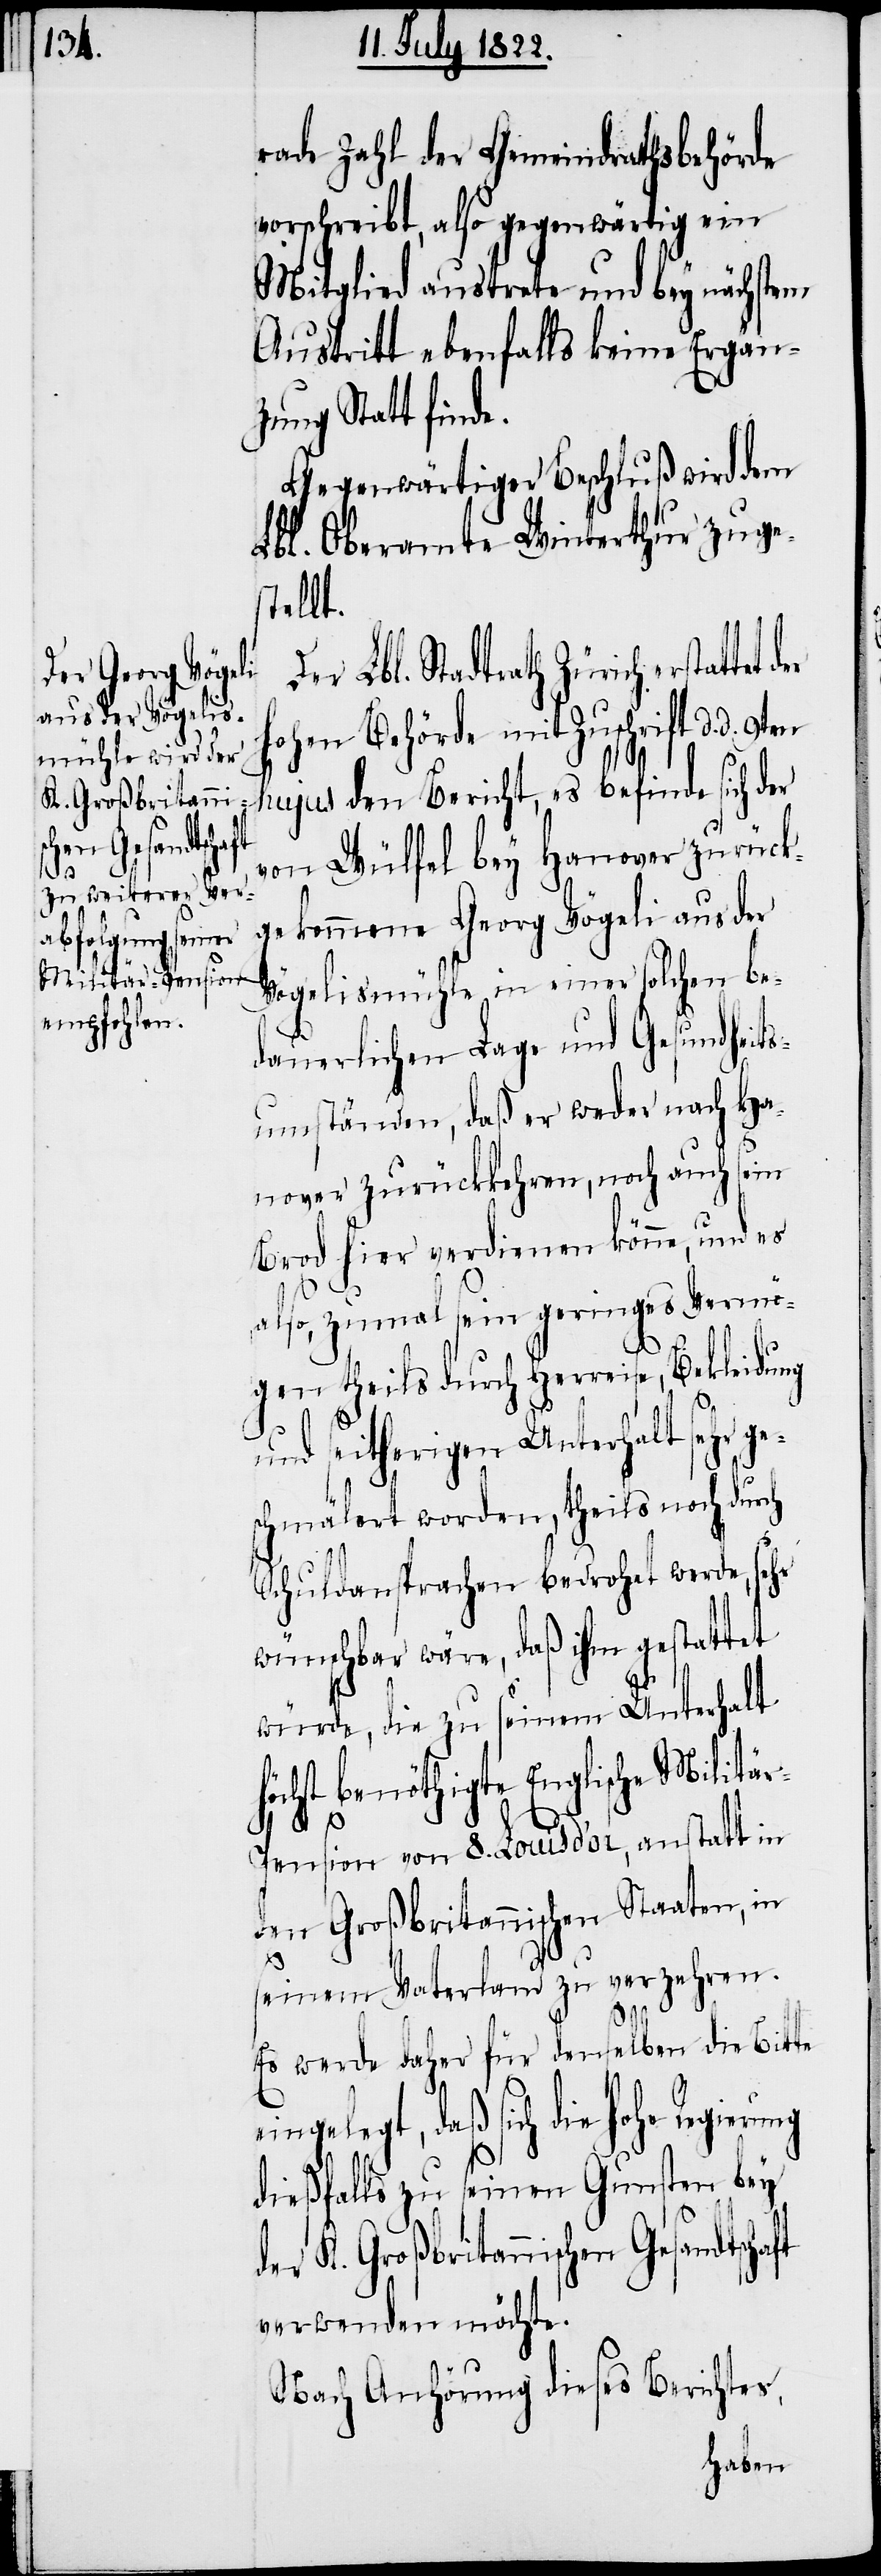
K. Großbritanni¬
hen Gesandtscha¬

rade Zahl der Gemeindrathsbehörde
vorschreibt, also gegenwärtig ein
Mitglied austrete und bey nächstem
Austritt ebenfalls keine Ergän¬
zung Statt finde.
Gegenwärtiger Beschluß wird dem
Lbl. Oberamte Winterthur zuges¬
tellt.
er Lbl. Stadtrath Zürich erstattet
Hohen Behörde mit Zuschrift d. d.
hujus den Bericht, es befinde sich der
von Wülfel bey Hanover zurück¬
gekommene Georg Vögeli aus der
Vögelismühle in einer solchen be¬
dauerlichen Lage und Gesundheit¬
sumständen, daß er weder nach Ha¬
nover zurückkehren, noch auch sein
Brod hier verdienen könne, und es
also, zumal sein geringes Vermö¬
gen theils durch Herreise, Bekleidung
und seitherigen Unterhalt sehr ge¬
schmälert worden, theils noch dur¬
ft
Schuldansprachen bedrohet werde,
wünschbar wäre, daß ihm gestattet
würde, die zu seinem Unterhalt
höchst benöthigte Englische Militä¬
r-Pension von 8. Louis d’or, anstatt in
den Großbritannischen Staaten, in
seinem Vaterland zu verzehren.
Es wurde daher für denselben die Bitte
eingelegt, daß sich die Hohe
dießfalls zu seinen Gunsten bey
verwenden möchte.
Nach Anhörung dieses Berichtes,